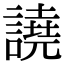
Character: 譊